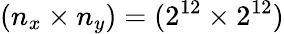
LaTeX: (n_{x}\times n_{y})=(2^{12}\times 2^{12})